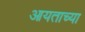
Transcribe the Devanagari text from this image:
आयताच्या